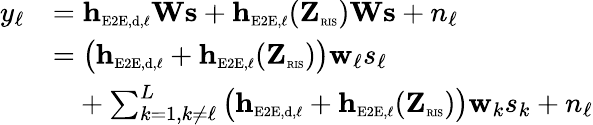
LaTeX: \begin{array}{rl}{y_{\ell}}&{=\mathbf{h}_{\scriptscriptstyle\mathrm{E2E},\scriptscriptstyle\mathrm{d},\ell}\mathbf{W}\mathbf{s}+\mathbf{h}_{\scriptscriptstyle\mathrm{E2E},\ell}(\mathbf{Z}_{\textnormal{\tiny{RIS}}})\mathbf{W}\mathbf{s}+n_{\ell}}\\ &{=\big(\mathbf{h}_{\scriptscriptstyle\mathrm{E2E},\scriptscriptstyle\mathrm{d},\ell}+\mathbf{h}_{\scriptscriptstyle\mathrm{E2E},\ell}(\mathbf{Z}_{\textnormal{\tiny{RIS}}})\big)\mathbf{w}_{\ell}s_{\ell}}\\ &{\phantom{=}+\sum_{k=1,k\neq\ell}^{L}\big(\mathbf{h}_{\scriptscriptstyle\mathrm{E2E},\scriptscriptstyle\mathrm{d},\ell}+\mathbf{h}_{\scriptscriptstyle\mathrm{E2E},\ell}(\mathbf{Z}_{\textnormal{\tiny{RIS}}})\big)\mathbf{w}_{k}s_{k}+n_{\ell}}\end{array}